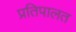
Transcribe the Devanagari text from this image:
प्रतिपालत